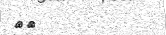
٧٢